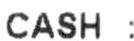
CASH :